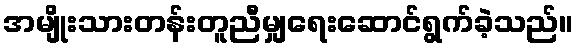
အမျိုးသားတန်းတူညီမျှရေးဆောင်ရွက်ခဲ့သည်။